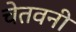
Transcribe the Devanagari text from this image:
चेतवनी